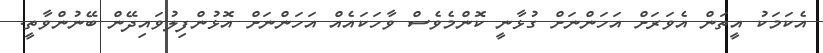
އެކަމަކު އީތަން އެވަރަށް އަހަންނަށް ގުޅާނީ ކޮންމެވެސް ވާހަކައެއް އަހަންނަށް އޮޅުންފިލުވައިދޭން ބޭނުންވާތީ.